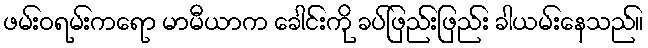
ဖမ်းဝရမ်းကရော မာမီယာက ခေါင်းကို ခပ်ဖြည်းဖြည်း ခါယမ်းနေသည်။